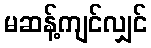
မဆန့်ကျင်လျှင်